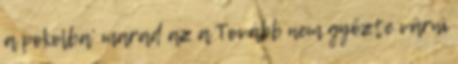
a pokolba’ marad az a Tovább nem győzte várni